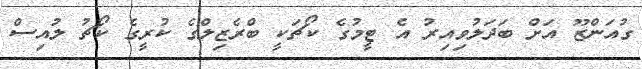
ގުއަންޒޫ އަށް ބަދަލުވިއިރު އެ ޓީމުގެ ކޯޗަކީ ބްރެޒިލްގެ ކުރީގެ ކޯޗު ލުއިސް